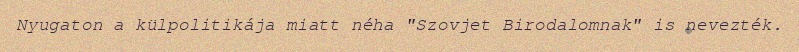
Nyugaton a külpolitikája miatt néha "Szovjet Birodalomnak" is nevezték.